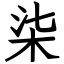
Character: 柒